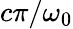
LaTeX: c\pi/\omega_{0}